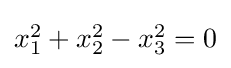
{\textstyle x_{1}^{2}+x_{2}^{2}-x_{3}^{2}=0}